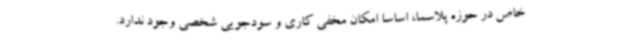
خاص در حوزه پلاسما، اساسا امکان مخفی کاری و سودجویی شخصی وجود ندارد.